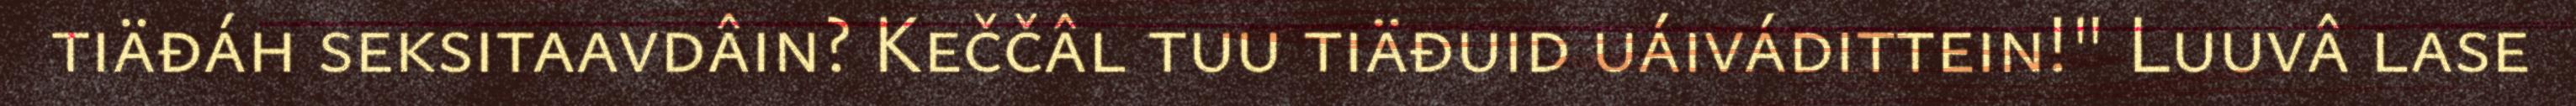
tiäđáh seksitaavdâin? Keččâl tuu tiäđuid uáivádittein!" Luuvâ lase